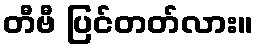
တီဗီ ပြင်တတ်လား။